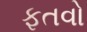
ફતવો